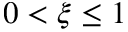
0 < \xi \le 1